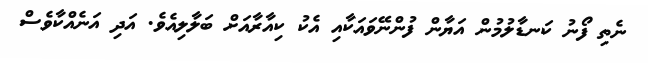
ނެތި ފޯނު ކަނޑާާލުމުން އަޔާން ފުންނޭވައަކާއި އެކު ކިއާރާއަށް ބަލާލިއެވެ. އަދި އަނެއްކާވެސް